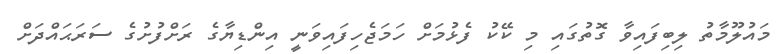
މައުލޫމާތު ލިބިފައިވާ ގޮތުގައި މި ކޭކު ފެޅުމަށް ހަމަޖެހިފައިވަނީ އިންޑިޔާގެ ރަށްފުށުގެ ސަރަޙައްދަށް